Annual administration report of the Civil Veterinary Department of India - 1894-1895
Year: 1894
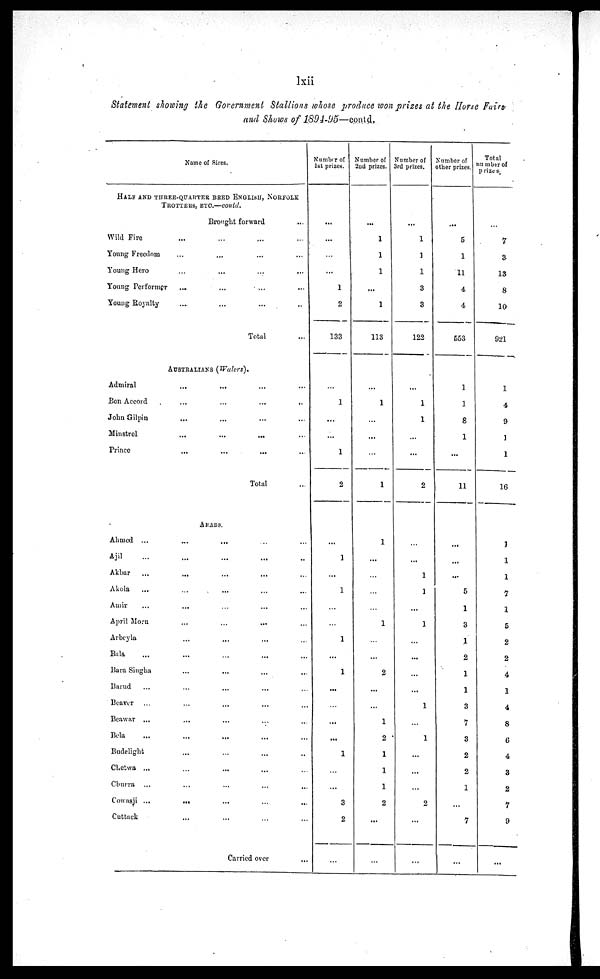
lxii
Statement showing the Government Stallions whose produce won prizes at the Horse Fairs
and Shows of 1894-95—contd.
Name of Sires.
HALF AND THREE QUARTER BRED ENGLISH, NORFOLK
TROTTERS, ETC.—contd.
Brought forward
...
Wild Fire...
…
...
Young Freedom
…
...
...
Young Hero
…
…
...
Young Performer...
...
...
...
Young Royalty...
...
...
Total...
AUSTRALIANS (Walers).
Admiral...
...
...
...
Bon Accord...
…
...
John Gilpin...
…
... ...
Minstrel...
...
...
...
Prince...
...
...
...
Total...
ARABS.
Ahmed ...
...
... … …
Ajil
…
...
...
....
Akbar
...
...
...
...
...
Akola
...
...
...
...
Amir
…
...
…
... ...
April Morn...
…
... …
Arbeyla...
...
... …
Bala
…
...
…
...
...
Bara Singha...
...
...
...
Barud
...
…
...
... …
Beaver
...
...
...
... …
Beawar ...
...
... … …
Bela
…
...
...
...
...
Budelight...
…
...
...
Chetwa ...
...
...
...
Churra
…
...
...
...
...
Cowasji ...
...
...
…
...
Cuttack...
... … …
Carried over...
Number of
1st prizes.
...
...
...
1
2
133
1
...
...
1
2
...
1
...
1
…
…
1
...
1
...
…
...
...
1
…
...
3
2
…
Number of
2nd prizes.
...
1
1
1
...
1
113
...
1
...
...
1
1
...
…
…
…
1
…
...
2
...
...
1
2
1
1
1
2
...
...
Number of
3rd prizes.
...
1
1
1
3
3
122
...
1
1
...
...
2
…
...
1
1
...
1
...
...
...
...
1
...
1
...
...
...
2
...
...
Number of
other prizes.
...
5
1
11
4
4
553
1
1
8
1
...
11
...
...
...
5
1
3
1
2
1
1
3
7
3
2
2
1
...
7
...
Total
number of
prizes
7
3
13
8
10
921
1
4
9
1
1
16
3
1
1
7
1
5
2
2
4
1
4
8
6
4
3
2
7
9
...